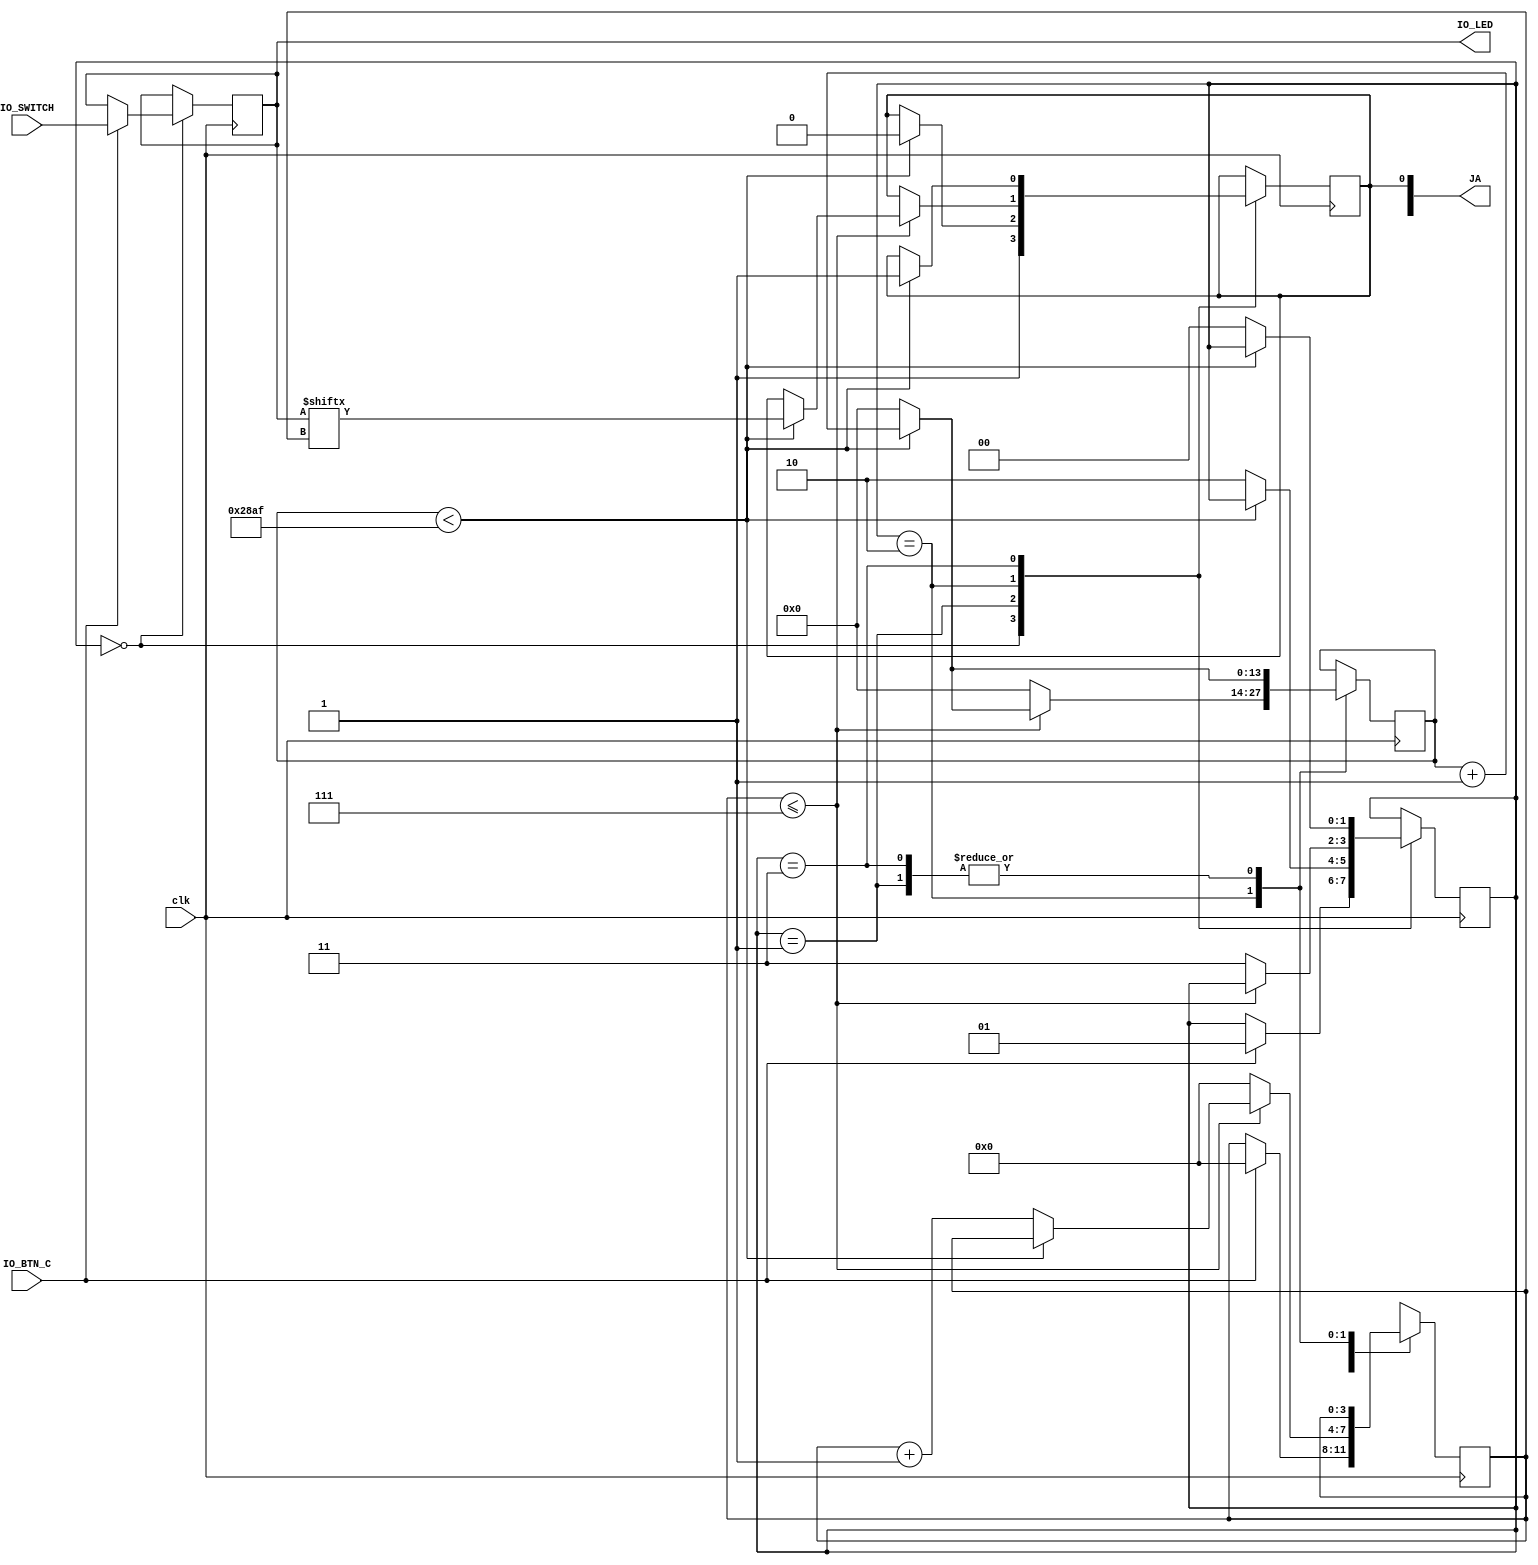
`timescale 1ns / 1ps
//////////////////////////////////////////////////////////////////////////////////
// Company: SDSU
// 
// Revision Date: 3/6/2019 12:01 AM
// Module Name: UART_TX
// Project Name: UART
// Target Devices: Basys3
//
// Description: Tx: The simpler of the two. When an 8 bit value is loaded into a 
//              register using the 8 DIP switches for the number and a push button
//              for the "load" signal, it shifts the byte out in asynchronous 
//              serial format (initially at 9600 bits per second, later at an 
//              arbitrary, programmable data rate).  That begins with a start bit (0),
//              followed by the 8 data bits LSB first, and a stop (1) bit.
// 
// Dependencies: Basys3_Master_Customized.xdc
// 
// Revision History 
// Current Revision: 0.20
// Changelog in Changelog.txt
//
// Additional Comments:  
// 
//////////////////////////////////////////////////////////////////////////////////


module UART_TX(
    input [7:0] IO_SWITCH, //IO Dipswitches; up = 1
    input IO_BTN_C,         //IO Pushbutton (Center); pushed = 1
    input clk,              //Master clock signal
    output reg [7:0] JA,     //PMOD JA; port JA1 used as TX pin
    output wire [7:0] IO_LED     //IO LED's for debugging data
//    output wire [9:0] IO_LED     //IO LED's for debugging transmit
    );
    
    /* State Machine Parameters */
    reg [1:0] state = 0; 
    parameter idle = 2'b00; //State 0 = idle
    parameter start = 2'b01; //State 1 = start bit
    parameter out = 2'b10;  //State 2 = output
    parameter stop = 2'b11; //State 3 = stop bit
    
    /* Data and transmission parameters */
    reg [7:0] data = 0;         //data input    
    reg [3:0] bit = 0;                           //bit number currently being transmitted 
    
    parameter max_counter = 10415;          // this should give 9600 baud
    reg [13:0] counter = 0;                 //counter for baud rate generation; currently hardcoded to 14 bits for 9600 baud
    
    /* LED Debugging */
    assign IO_LED = data; //LEDs used to check if data is read successfully
//    assign IO_LED = transmission; //LEDs used to check if data is read successfully
    
    always @(posedge clk) begin
        
        /* Current State Logic */    
          case(state)
            idle: begin              
                JA[0] <= 1; //When idle, assert idle bit (1)
                /* Read Logic */
                if (IO_BTN_C) begin
                    data <= IO_SWITCH[7:0];     //read switches 1-8, where 0 is LSB
//                    transmission = {stop_bit, data, start_bit}; //transmission is Start->data (lsb first)->Stop
                    //IO_LED = transmission;
                    state <= start;
                    bit = 0;
                end                 
            end
            
            /* start bit */
            start: begin
                if (counter < max_counter) begin //if counter hasn't reached 10415 yet, transmit start bit
                        JA[0] <= 0;
                        counter <= counter + 1; 
                    end else begin //when counter reaches 10415, done transmitting start bit, go to data
                        counter <= 0; 
                        state <= out;
                end
            end
            
            /* Data transmission */
            out: begin
                    if (bit <= 7) begin // If there's still more bits to transmit
                        if (counter < max_counter) begin //if counter hasn't reached 10415 yet, transmit
                            JA[0] <= data[bit];
                            counter <= counter + 1; 
                        end else begin //reset counter when it reaches 10415, and go to next bit
                            counter <= 0;
                            bit <= bit + 1; 
                        end
                    end else begin //when you run out of bits to transmit, reset counter and bit
                        counter <= 0;
                        bit <= 0;  
                        state <= stop;
                    end                   
                end
            
            /* stop bit */
            stop: begin  
                if (counter < max_counter) begin //if counter hasn't reached 10415 yet, transmit stop bit
                        JA[0] <= 1;
                        counter <= counter + 1; 
                    end else begin //when counter reaches 10415, done transmitting, go back to idle
                        counter <= 0; 
                        state <= idle;
                end
            end                                
        endcase    
    end
endmodule